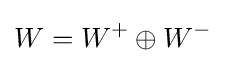
W=W^{+}\oplus W^{-}